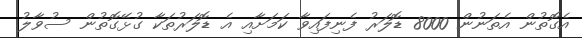
އެގޮތުން އެތަނުން 8000 ޑޮލަރު ފެނިފައިވާ ކަމަށާއި އެ ޑޮލަރުތަކާ ގުޅޭގޮތުން ސުވާލު